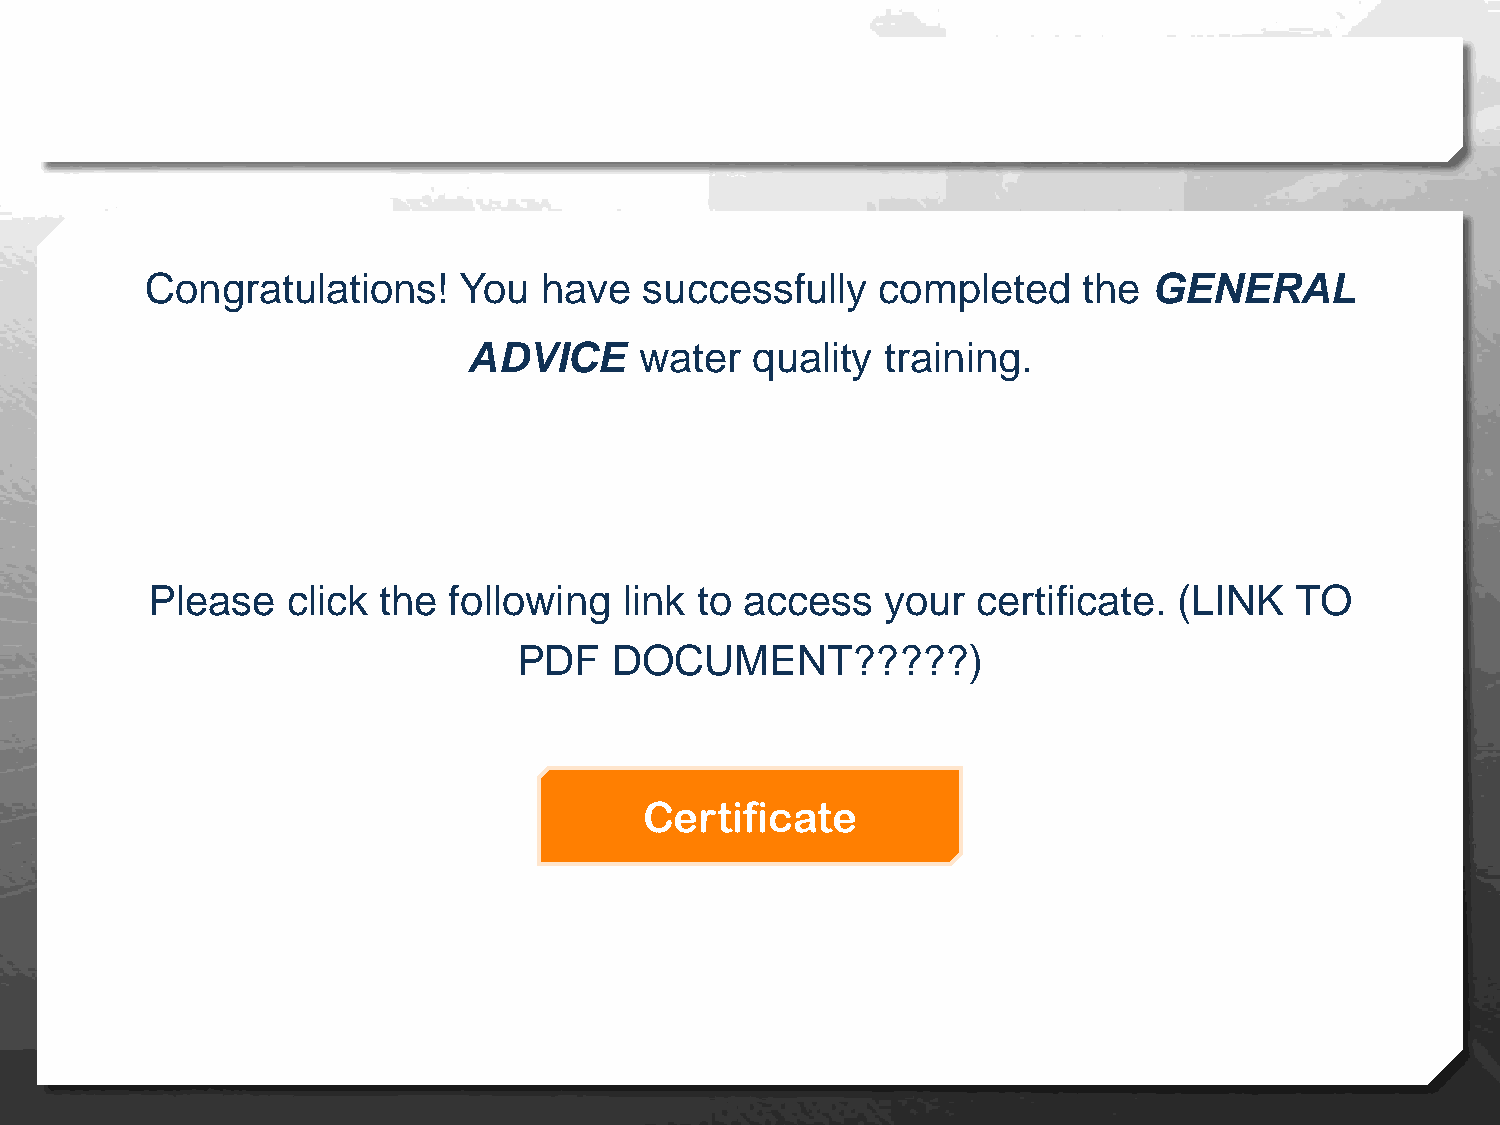
Congratulations!    You   have   successfully   completed     the GENERAL
 ADVICE     water   quality  training.
 Please   click the  following  link to access    your  certificate. (LINK   TO
 PDF    DOCUMENT?????)
 Certificate